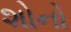
શોનો